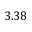
3 . 3 8